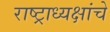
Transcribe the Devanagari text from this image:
राष्‍ट्राध्‍यक्षांचे